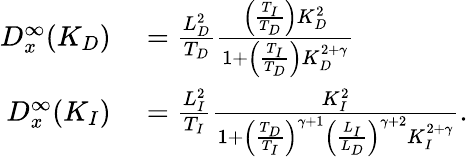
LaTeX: \begin{array}{rl}{D_{x}^{\infty}(K_{D})}&{{}=\frac{L_{D}^{2}}{T_{D}}\frac{\left(\frac{T_{I}}{T_{D}}\right)K_{D}^{2}}{1+\left(\frac{T_{I}}{T_{D}}\right)K_{D}^{2+\gamma}}}\\ {D_{x}^{\infty}(K_{I})}&{{}=\frac{L_{I}^{2}}{T_{I}}\frac{K_{I}^{2}}{1+\left(\frac{T_{D}}{T_{I}}\right)^{\gamma+1}\left(\frac{L_{I}}{L_{D}}\right)^{\gamma+2}K_{I}^{2+\gamma}}.}\end{array}